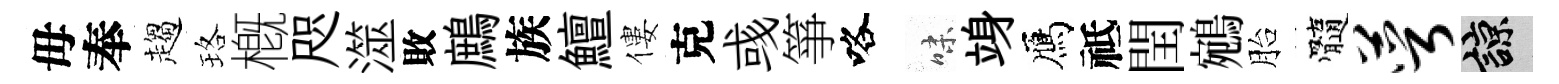
毋奉趨珞槪咫澨敗鷓族鱣僂克彧箏咯味竧鴈祗閏鵷胎髓萼諒